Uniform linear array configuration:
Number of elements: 8
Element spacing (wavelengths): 0.75
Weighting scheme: uniform
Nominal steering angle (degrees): -30
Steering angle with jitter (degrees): -31.313
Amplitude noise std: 0.05
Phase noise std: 0.05

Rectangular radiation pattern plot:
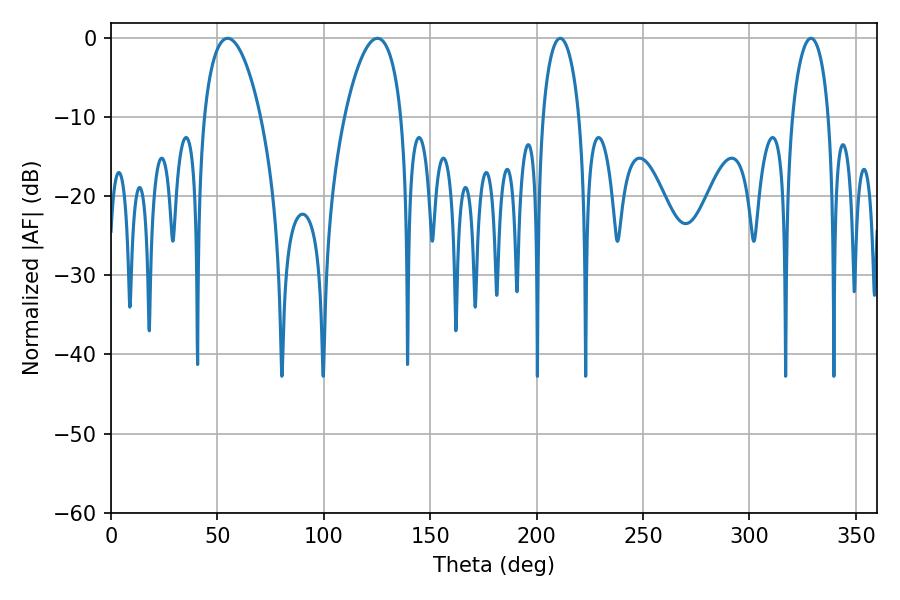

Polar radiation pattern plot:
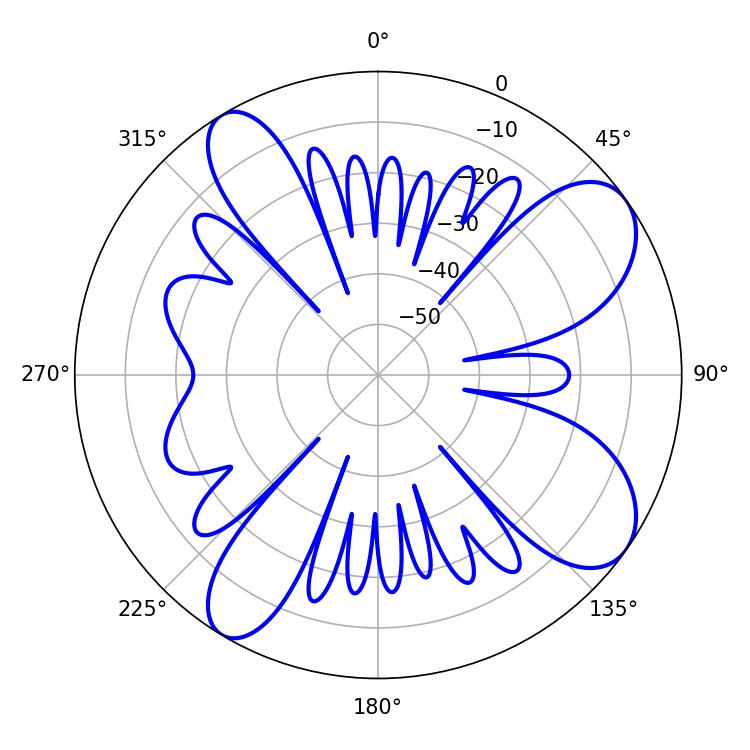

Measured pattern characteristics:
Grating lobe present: TRUE
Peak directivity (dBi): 9.029
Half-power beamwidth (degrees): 14.94
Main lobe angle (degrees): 54.72